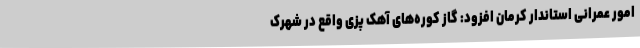
امور عمرانی استاندار کرمان افزود: گاز کوره‌های آهک پزی واقع در شهرک